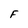
Character: F